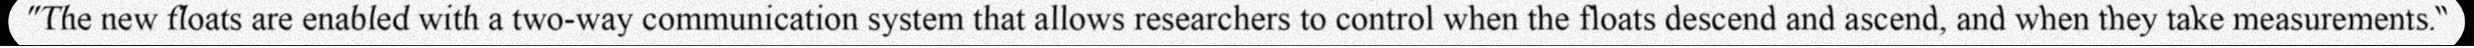
"The new floats are enabled with a two-way communication system that allows researchers to control when the floats descend and ascend, and when they take measurements."